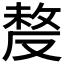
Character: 𠭰